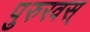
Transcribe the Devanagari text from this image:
पुरुरवस्‌